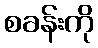
စခန်းကို